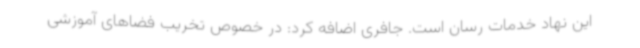
این نهاد خدمات رسان است. جافری اضافه کرد: در خصوص تخریب فضاهای آموزشی